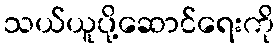
သယ်ယူပို့ဆောင်ရေးကို